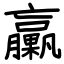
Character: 臝